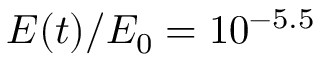
E ( t ) / E _ { 0 } = 1 0 ^ { - 5 . 5 }